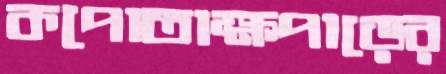
কপোতাক্ষপাড়ের